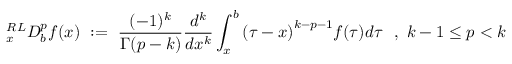
{ } _ { x } ^ { R L } D _ { b } ^ { p } f ( x ) ~ : = ~ { \frac { ( - 1 ) ^ { k } } { \Gamma ( p - k ) } } { \frac { d ^ { k } } { d x ^ { k } } } \int _ { x } ^ { b } { ( \tau - x ) } ^ { k - p - 1 } f ( \tau ) d \tau ~ ~ , ~ k - 1 \leq p < k